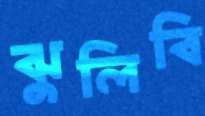
ঝুলিবি